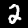
Label: 2